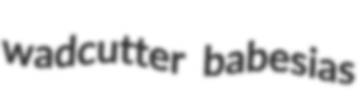
wadcutter babesias